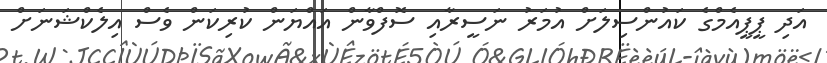
އަދި ޕީޕީއެމްގެ ކައުންސިލަށް އުމަރު ނަސީރާއި ސޮފްވާން އައްޔަން ކުރިކަން ވެސް އިލެކްޝަނަށް